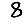
Digit: 8